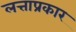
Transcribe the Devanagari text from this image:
लत्ताप्रकार